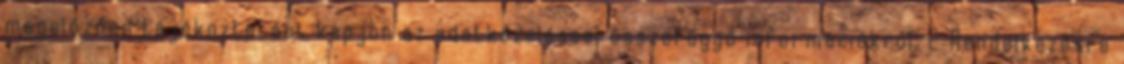
megelőzően tájékoztatást kapjon az adatkezeléssel összefüggő információkról. 2 Rendelkezésre